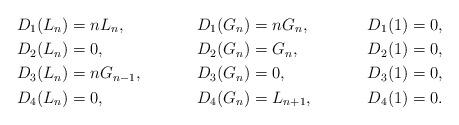
LaTeX: \begin{align*}&D_{1}(L_{n})=nL_n,& &D_{1}(G_n)=nG_n,&D_{1}(1)=0,\\&D_{2}(L_{n})=0,& &D_{2}(G_n)=G_n,&D_{2}(1)=0,\\&D_{3}(L_{n})=nG_{n-1},& &D_{3}(G_n)=0,&D_{3}(1)=0,\\&D_{4}(L_{n})=0,& &D_{4}(G_n)=L_{n+1},&D_{4}(1)=0.\end{align*}